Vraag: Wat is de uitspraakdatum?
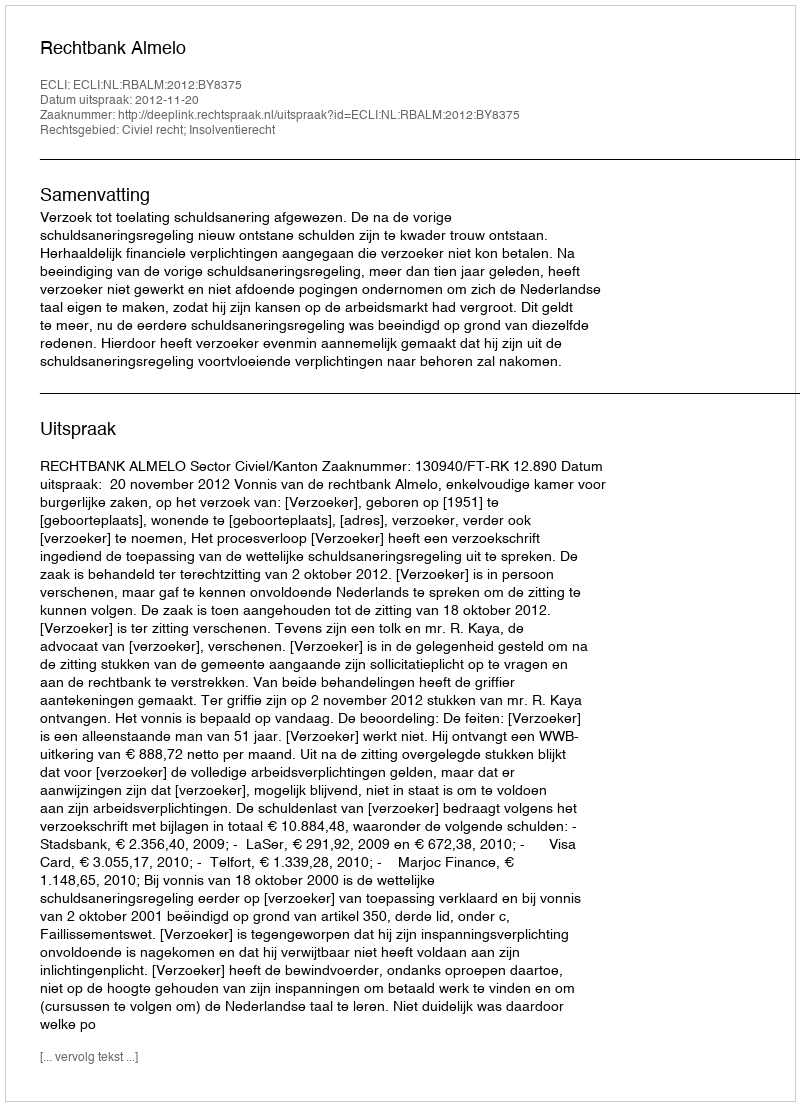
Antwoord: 2012-11-20